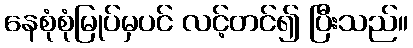
နေစုံစုံမြုပ်မှပင် လင့်တင်၍ ပြီးသည်။